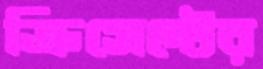
ক্রিসেন্টের